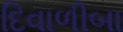
દિવાળીબા